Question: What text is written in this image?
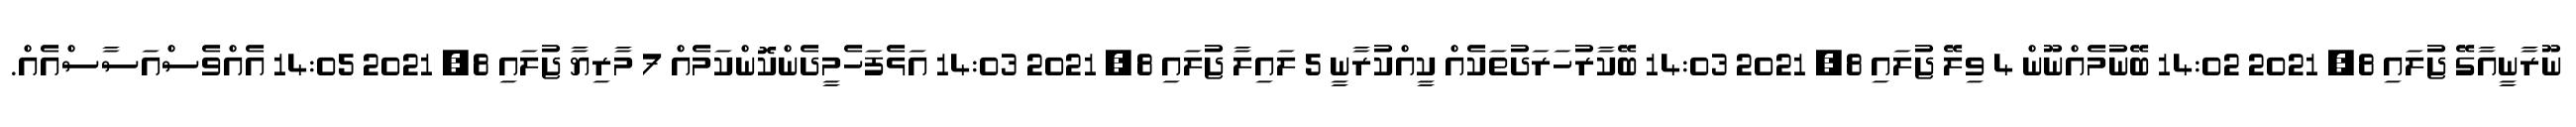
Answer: ނޫރާނީއާގޭ ޖުލައި 8, 2021 14:02 ބޭނުމެއްނޫން 4 ވިލޭ ޖުލައި 8, 2021 14:03 ބޭކާރުހަރަދުތަކެއް ކީއްކުރާނީ 5 ލައިލާ ޖުލައި 8, 2021 14:03 އަޅެފަހެމީދެންކޮންކަމެއް 7 މާރިޔާ ޖުލައި 8, 2021 14:05 އެއްވެސްއަސާސްއެއް.